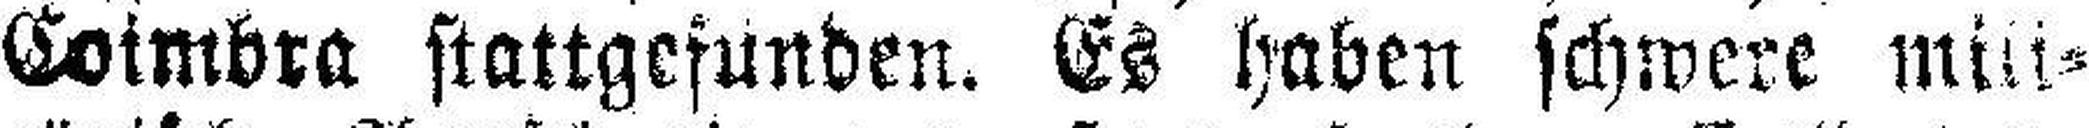
Coimbra stattgesunden. Es haben schwere mili¬